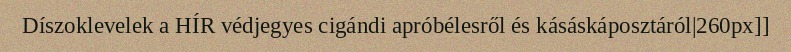
Díszoklevelek a HÍR védjegyes cigándi apróbélesről és kásáskáposztáról|260px]]